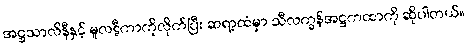
အဋ္ဌသာလိနီနှင့် မူလဋီကာကိုလိုက်ပြီး ဆရာ့ထံမှာ သီလက္ခန်အဋ္ဌကထာကို ဆိုပါတယ်။